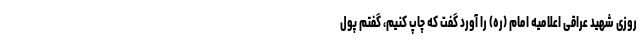
روزی شهید عراقی اعلامیه امام (ره) را آورد گفت که چاپ کنیم، گفتم پول